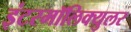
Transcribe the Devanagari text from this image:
इंटरमॉलिक्युलर